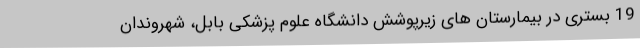
19 بستری در بیمارستان های زیرپوشش دانشگاه علوم پزشکی بابل، شهروندان